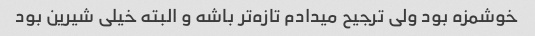
خوشمزه بود ولی ترجیح میدادم تازه‌تر باشه و البته خیلی شیرین بود